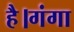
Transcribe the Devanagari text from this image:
है।गंगा